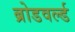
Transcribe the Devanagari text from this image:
ब्रोडवर्ल्ड